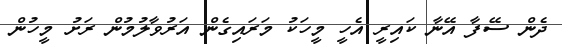
ދެން ސޭފާ އޭނާ ކައިރީ އެހީ މީހަކު މަރައިގެން އަރުވާލުމުން ރަށު މީހުން